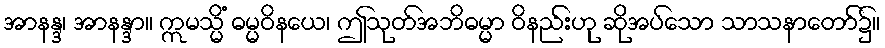
အာနန္ဒ၊ အာနန္ဒာ။ ဣမသ္မိံ ဓမ္မဝိနယေ၊ ဤသုတ်အဘိဓမ္မာ ဝိနည်းဟု ဆိုအပ်သော သာသနာတော်၌။